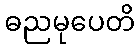
ဓညမုပေတိ